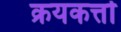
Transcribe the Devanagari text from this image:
क्रयकर्त्ता